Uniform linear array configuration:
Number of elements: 64
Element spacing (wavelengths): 0.25
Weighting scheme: blackman
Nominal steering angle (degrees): -45
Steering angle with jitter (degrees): -44.241
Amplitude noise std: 0.05
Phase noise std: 0.05

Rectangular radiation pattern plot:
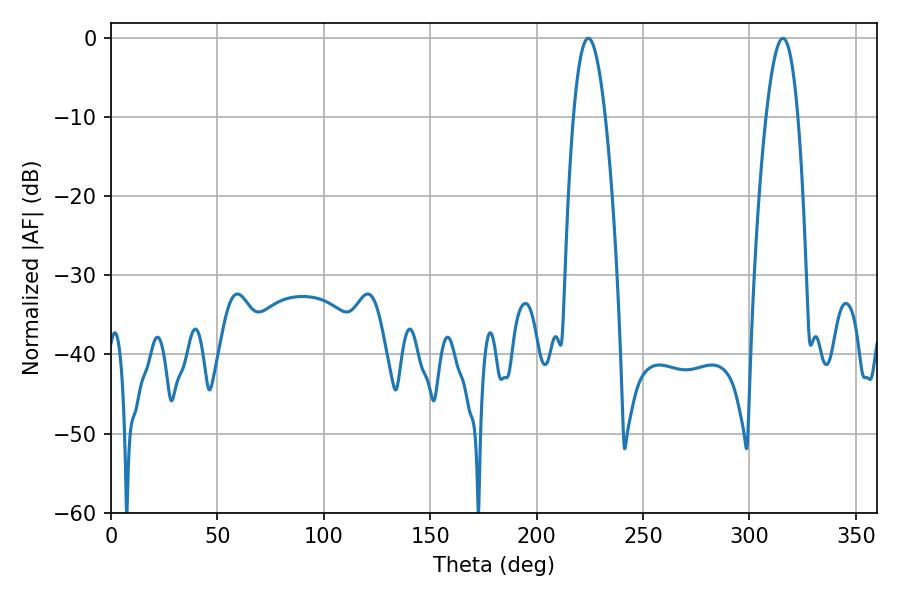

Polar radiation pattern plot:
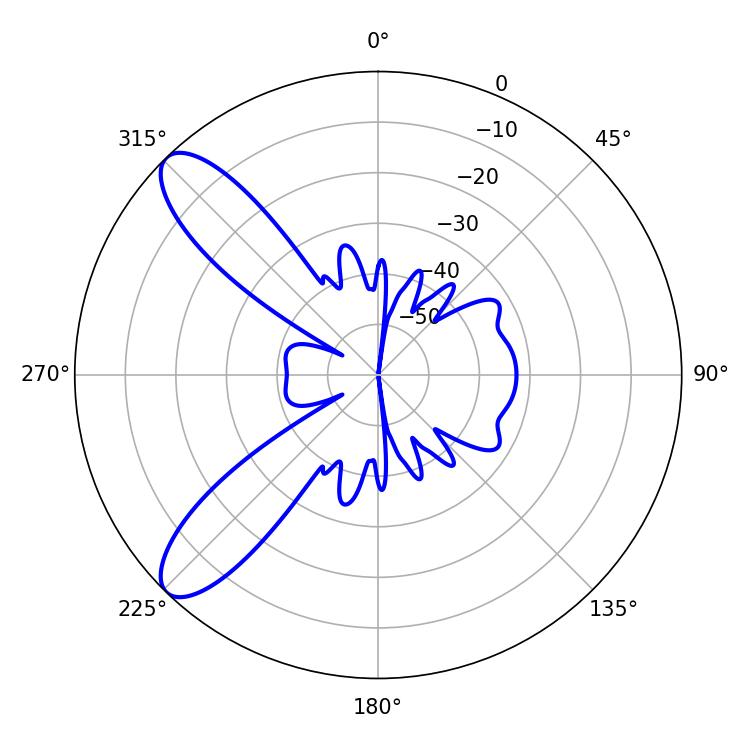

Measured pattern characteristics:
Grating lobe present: FALSE
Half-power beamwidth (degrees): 8.28
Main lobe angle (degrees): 224.28